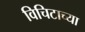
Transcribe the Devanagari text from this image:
विचिटाच्या